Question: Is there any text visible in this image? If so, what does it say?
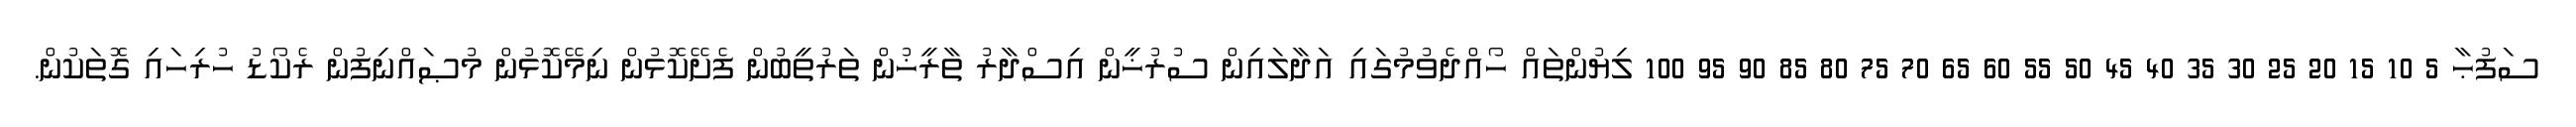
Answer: ސަފުޙާ 5 10 15 20 25 30 35 40 45 50 55 60 65 70 75 80 85 90 95 100 ލިޔުންތައް ހޯއްދެވުމުގައި އަދާލައިން ސުރުޚީން އިސްދާރު ތާރީޚުން ތަރުތީބުން ފެށޭކޮޅުން ނިމޭކޮޅުން މުޞައްނިފުން ރެކޯޑު ހުރިހައި ގޮތަކުން.